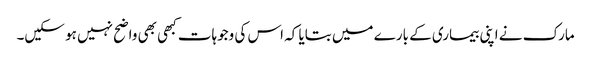
مارک نے اپنی بیماری کے بارے میں بتایا کہ اس کی وجوہات کبھی بھی واضح نہیں ہو سکیں۔